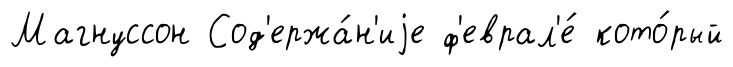
Магнуссон Сод'ержа́н'иjе ф'еврал'е́ кото́рый